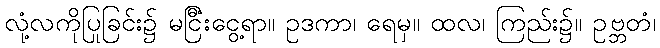
လုံ့လကိုပြုခြင်း၌ မငြီးငွေ့ရာ။ ဥဒကာ၊ ရေမှ။ ထလံ၊ ကြည်း၌။ ဥဗ္ဘတံ၊